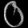
Digit: ၀